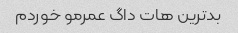
بدترین هات داگ عمرمو خوردم